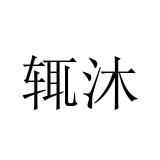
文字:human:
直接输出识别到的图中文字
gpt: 辄沐